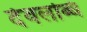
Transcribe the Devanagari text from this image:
देवलब्धि